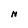
Character: N